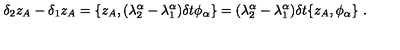
\delta _ { 2 } z _ { A } - \delta _ { 1 } z _ { A } = \{ z _ { A } , ( \lambda _ { 2 } ^ { \alpha } - \lambda _ { 1 } ^ { \alpha } ) \delta t \phi _ { \alpha } \} = ( \lambda _ { 2 } ^ { \alpha } - \lambda _ { 1 } ^ { \alpha } ) \delta t \{ z _ { A } , \phi _ { \alpha } \} \ .